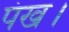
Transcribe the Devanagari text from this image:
पंख।